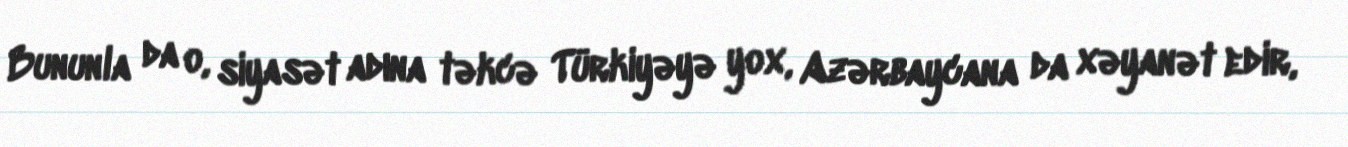
Bununla da o, siyasət adına təkcə Türkiyəyə yox, Azərbaycana da xəyanət edir,